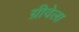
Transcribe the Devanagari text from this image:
ग्रीवेला